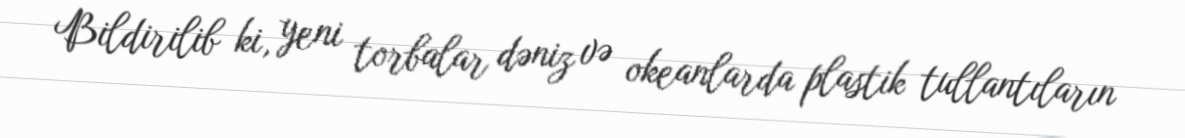
Bildirilib ki, yeni torbalar dəniz və okeanlarda plastik tullantıların